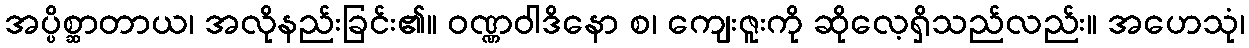
အပ္ပိစ္ဆာတာယ၊ အလိုနည်းခြင်း၏။ ဝဏ္ဏဝါဒိနော စ၊ ကျေးဇူးကို ဆိုလေ့ရှိသည်လည်း။ အဟေသုံ၊